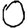
Digit: 0